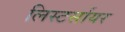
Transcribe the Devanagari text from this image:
लिस्टर्सायर